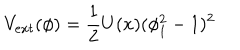
LaTeX: V _ { e x t } ( \phi ) = { \frac { 1 } { 2 } } U ( x ) ( \phi _ { 1 } ^ { 2 } - 1 ) ^ { 2 }